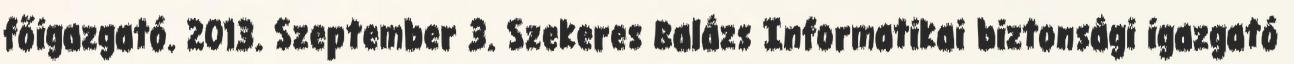
főigazgató. 2013. Szeptember 3. Szekeres Balázs Informatikai biztonsági igazgató